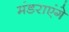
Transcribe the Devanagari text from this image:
मंडराएंगे